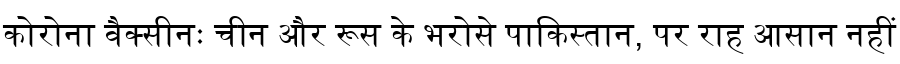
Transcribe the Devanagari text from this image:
कोरोना वैक्सीनः चीन और रूस के भरोसे पाकिस्तान, पर राह आसान नहीं